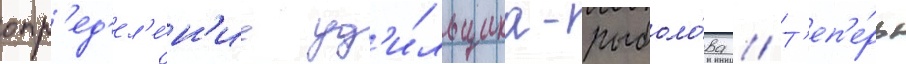
опр'ед'ел'е́н'ие уд'и́льщика-рыболо́ва // Т'еп'е́рь